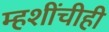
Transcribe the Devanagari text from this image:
म्हशींचीही